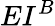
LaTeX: EI^{B}